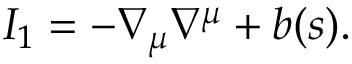
I _ { 1 } = - \nabla _ { \mu } \nabla ^ { \mu } + b ( s ) .